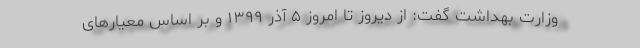
وزارت بهداشت گفت: از دیروز تا امروز ۵ آذر ۱۳۹۹ و بر اساس معیارهای